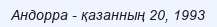
Андорра - қазанның 20, 1993